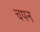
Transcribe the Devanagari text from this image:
चपन